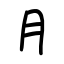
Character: ⺝